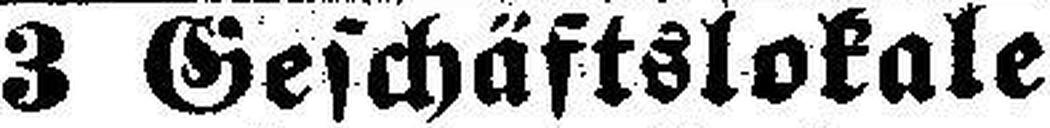
3 Geschäftslokale